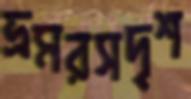
ভ্রমরসদৃশ